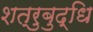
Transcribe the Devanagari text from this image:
शत्रुबुद्धि